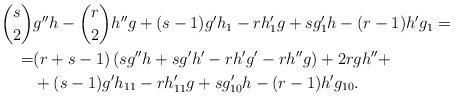
LaTeX: \begin{align*} \binom{s}{2}&g''h-\binom{r}{2}h''g+(s-1)g'h_1-rh_1'g+sg_1'h-(r-1)h'g_1=\\ =&(r+s-1)\left( sg''h+sg'h'-rh'g'-rh''g\right)+2r gh''+\\ &+ (s-1)g'h_{11}-r h_{11}'g+s g_{10}'h-(r-1)h'g_{10}.\end{align*}